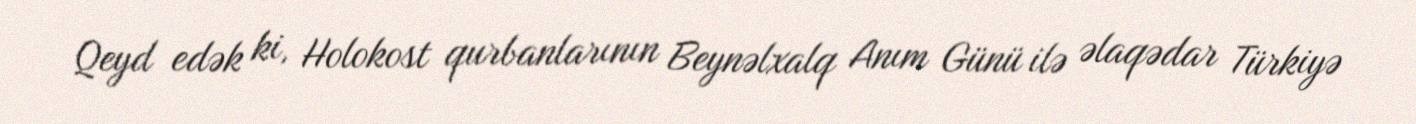
Qeyd edək ki, Holokost qurbanlarının Beynəlxalq Anım Günü ilə əlaqədar Türkiyə